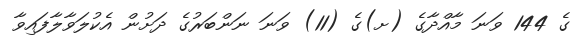
ގެ 144 ވަނަ މާއްދާގެ (ށ)ގެ (11) ވަނަ ނަންބަރުގެ ދަށުން އެކުލަވާލާފައިވާ